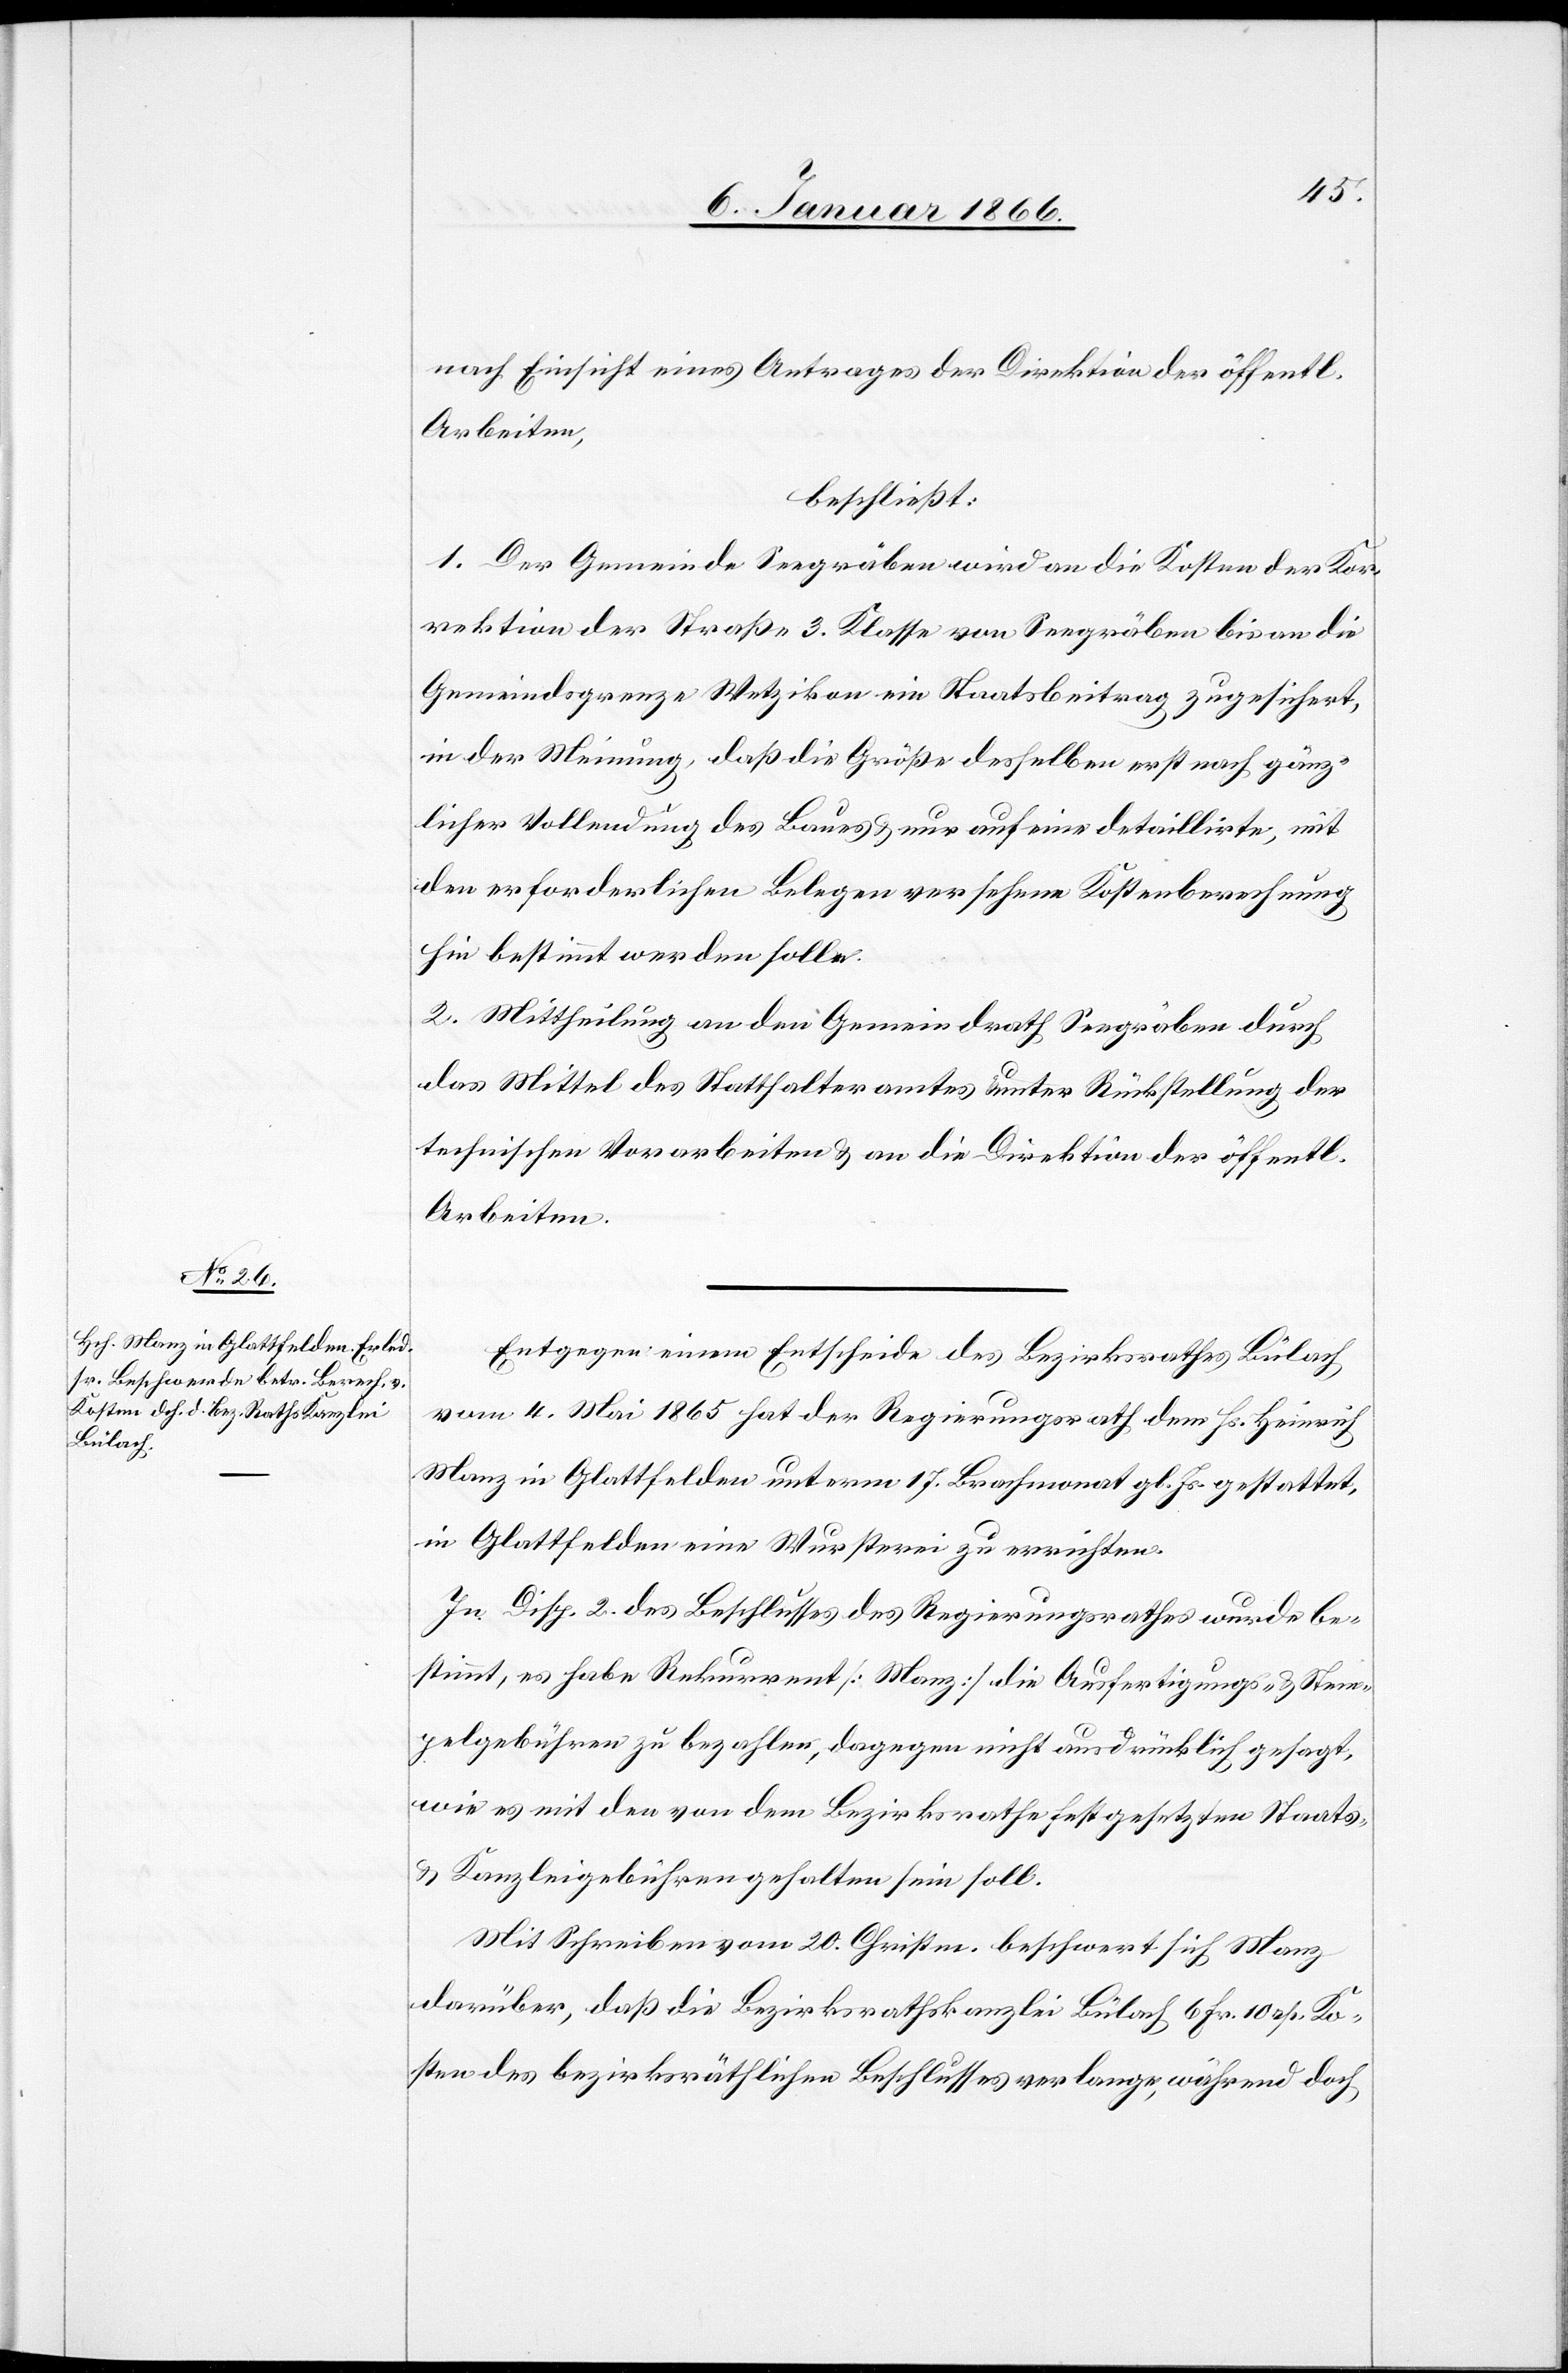
nach Einsicht eines Antrages der Direktion der öffentl.
Arbeiten,
beschließt:
1. Der Gemeinde Seegräben wird an die Kosten der Kor¬
rektion der Straße 3. Klasse von Seegräben bis an die
Gemeindsgrenze Wetzikon ein Staatsbeitrag zugesichert,
in der Meinung, daß die Größe desselben erst nach gänz¬
licher Vollendung des Baues u. nur auf eine detaillirte, mit
den erforderlichen Belegen versehene Kostenberechnung
hin bestimmt werden solle.
2. Mittheilung an den Gemeindrath Seegräben durch
das Mittel des Statthalteramtes unter Rückstellung der
technischen Vorarbeiten u. an die Direktion der öffentl.
Arbeiten.
Entgegen einem Entscheide des Bezirksrathes Bülach
vom 4. Mai 1865 hat der Regierungsrath dem Hs. Heinrich
Manz in Glattfelden unterm 17. Brachmonath gl. Js. gestattet,
in Glattfelden eine Wursterei zu errichten.
In Disp. 2. des Beschlusses des Regierungsrathes wurde be¬
stimmt, es habe Rekurrent [Manz] die Ausfertigungs- u. Stem¬
pelgebühren zu bezahlen, dagegen nicht ausdrücklich gesagt,
wie es mit den von dem Bezirksrathe festgesetzten Staats-
u. Kanzleigebühren gehalten sein soll.
Mit Schreiben vom 20. Christm. beschwert sich Manz
darüber, daß die Bezirksrathskanzlei Bülach 6 Fr. 10 rp.Ko¬
sten des bezirksräthlichen Beschlusses verlange, während doch